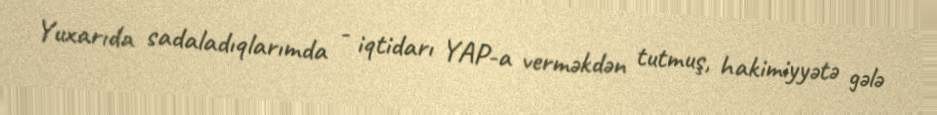
Yuxarıda sadaladıqlarımda - iqtidarı YAP-a verməkdən tutmuş, hakimiyyətə gələ